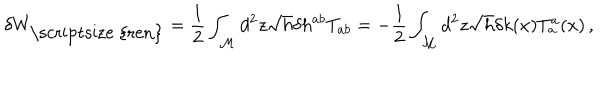
LaTeX: \delta W _ { { \mathrm { \scriptsize ~ { r e n } } } } = \frac { 1 } { 2 } \int _ { \cal M } d ^ { 2 } z \sqrt { h } \delta h ^ { a b } T _ { a b } = - \frac { 1 } { 2 } \int _ { \cal M } d ^ { 2 } z \sqrt { h } \delta k ( x ) T _ { a } ^ { a } ( x ) \, ,